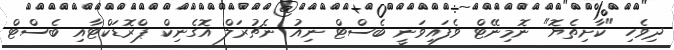
ދިވެހި "ކާށިތެޔޮ" ނޮމިނޭޓް ވެފައިވަނީ ބެސްޓް ނިއު ނެޗުރަލް އޮގެނިކް ޕްރޮޑަކްޓާއި ބެސްޓް